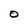
Character: O